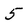
Character: 5